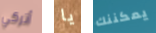
أتركي يا يمكننك